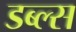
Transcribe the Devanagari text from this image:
डब्ल्स